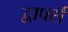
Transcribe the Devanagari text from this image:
द्वार्फ्स